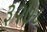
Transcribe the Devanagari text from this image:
३२७८